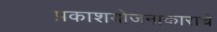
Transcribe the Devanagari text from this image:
प्रकाशयोजनाकाराचे